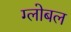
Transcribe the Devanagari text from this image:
ग्लोबल